Newspaper: New-York tribune. [volume]
Place of publication: New York [N.Y.]
Publisher: New York Tribune
Date: 1890-09-13 00:00:00
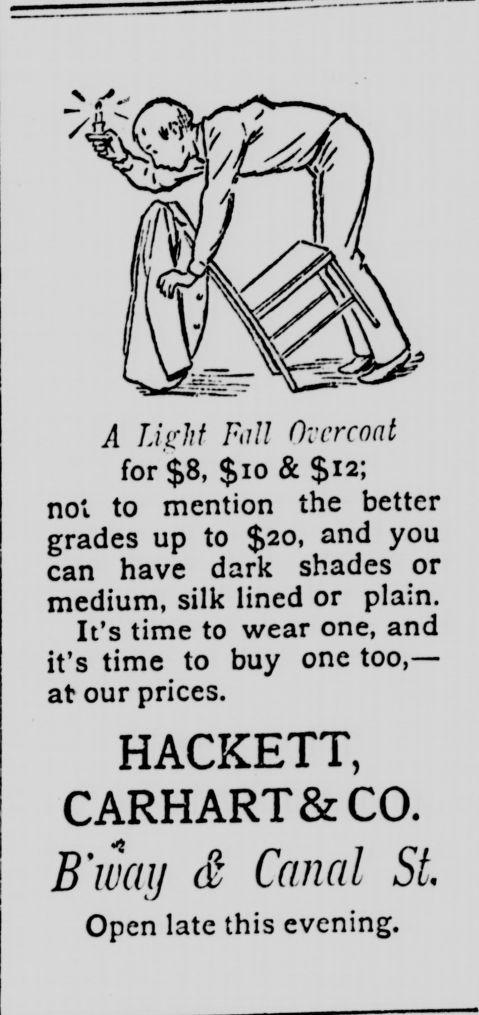
Advertisement text (OCR):
N _a* _4 /..y/,/ FuH Overcoal for $8, $10 & $12; no*. to mention the better grades up to $20, and you can have dark shades or medium, silk lined or plain. It's time to wear one, and it's time to buy one too,? at our prices. HACKETT, CARHART&CO. B'way & Canal St. Open late this evening.
Label: illustrations